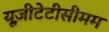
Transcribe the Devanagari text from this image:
यूज़ीटेटीसीमम